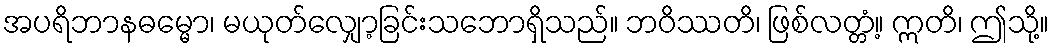
အပရိဘာနဓမ္မော၊ မယုတ်လျှော့ခြင်းသဘောရှိသည်။ ဘဝိဿတိ၊ ဖြစ်လတ္တံ့။ ဣတိ၊ ဤသို့။